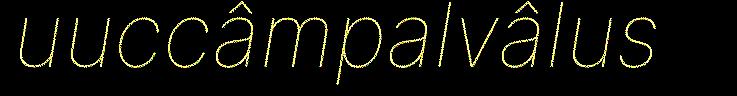
uuccâmpalvâlus